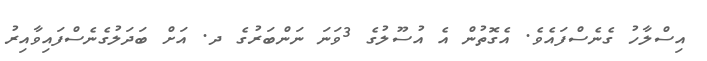
އިސްލާހު ގެނެސްފައެވެ. އެގޮތުން އެ އުސޫލުގެ 3ވަނަ ނަންބަރުގެ ދ. އަށް ބަދަލުގެނެސްފައިވާއިރު